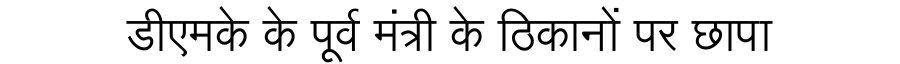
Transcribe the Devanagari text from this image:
डीएमके के पूर्व मंत्री के ठिकानों पर छापा